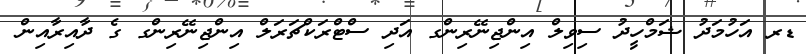
ޑރ އަހުމަދު ޝަމްހީދު ސިވިލް އިންޖިނޭރިންގ އަދި ސްޓްރަކްޗަރަލް އިންޖިނޭރިންގ ގެ ދާއިރާއިން